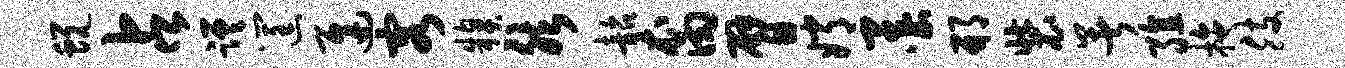
蜕占蹉筐迟容糗然韶裔臂嫦墨邢装暑殖拖肢